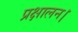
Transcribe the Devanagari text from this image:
प्रक्षालन।